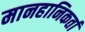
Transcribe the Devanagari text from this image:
मानहानिकर्ता